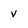
Character: v